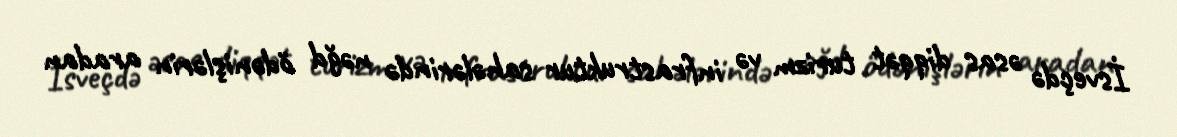
İsveçdə əsas diqqət turizm və infrastruktur sahələrində nəğd ödənişlərin aradan